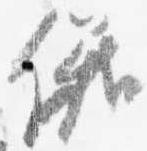
儀